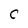
Character: C